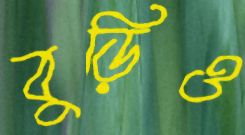
বুড়িও